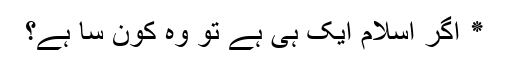
٭ اگر اسلام ایک ہی ہے تو وہ کون سا ہے؟